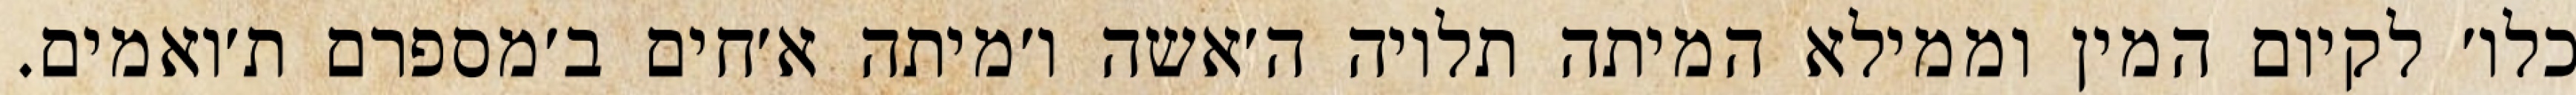
כלו׳ לקיום המין וממילא המיתה תלויה ה׳אשה ו׳מיתה א׳חים ב׳מספרם ת׳ואמים.